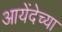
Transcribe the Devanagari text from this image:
आयेंदेच्या